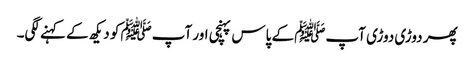
پھر دوڑی دوڑی آپﷺ کے پاس پہنچی اور آپﷺ کو دیکھ کے کہنے لگی۔